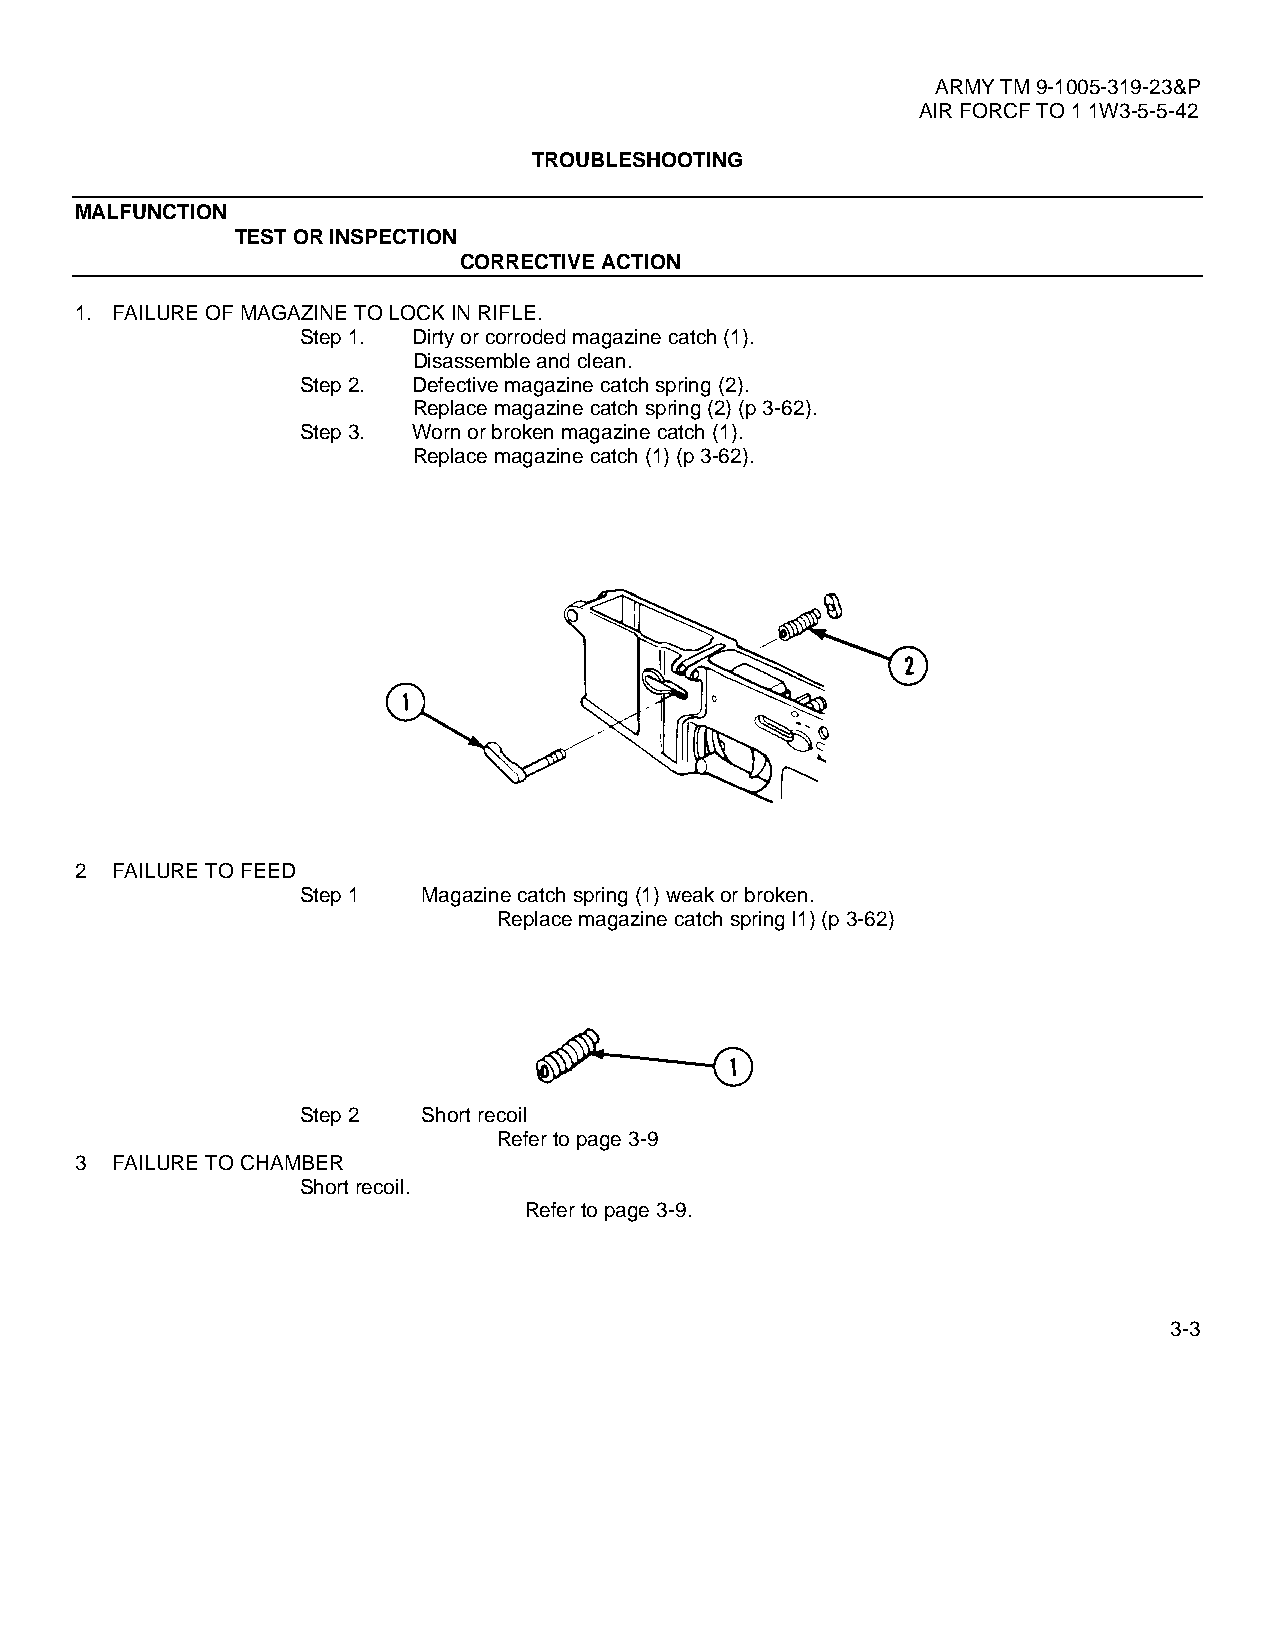
ARMY TM 9-1005-319-23&P
 AIR FORCF TO 1 1W3-5-5-42
 TROUBLESHOOTING
 MALFUNCTION
 TEST OR INSPECTION
 CORRECTIVE ACTION
 1. FAILURE OF MAGAZINE TO LOCK IN RIFLE.
 Step 1. Dirty or corroded magazine catch (1).
 Disassemble and clean.
 Step 2. Defective magazine catch spring (2).
 Replace magazine catch spring (2) (p 3-62).
 Step 3. Worn or broken magazine catch (1).
 Replace magazine catch (1) (p 3-62).
 2 FAILURE TO FEED
 Step 1  Magazine catch spring (1) weak or broken.
 Replace magazine catch spring I1) (p 3-62)
 Step 2  Short recoil
 Refer to page 3-9
 3 FAILURE TO CHAMBER
 Short recoil.
 Refer to page 3-9.
 3-3